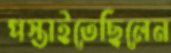
পস্তাইতেছিলেন